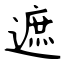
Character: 遮